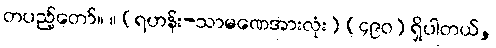
တပည့်တော်။ ။ (ရဟန်း-သာမဏေအားလုံး) (၄၉၀) ရှိပါတယ်,